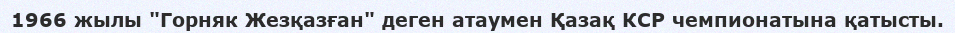
1966 жылы "Горняк Жезқазған" деген атаумен Қазақ КСР чемпионатына қатысты.